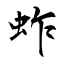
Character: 蚱